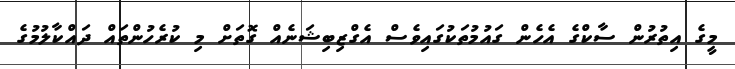
މީގެ އިތުރުން ސާކްގެ އެހެން ގައުމުތަކުގައިވެސް އެގްޒިބިޝަނެއް ގޮތަށް މި ކުރެހުންތައް ދައްކާލުމުގެ